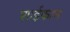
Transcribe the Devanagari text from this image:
शाईकाम